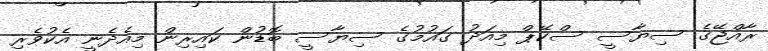
ރާއްޖޭގެ ސިޔާސީ ސްކޭޕް މިއަދު ގައުމުގެ ސިޔާސީ ބޮޑުން ކައިރިން މިއެދެނީ އެކުވެރި